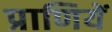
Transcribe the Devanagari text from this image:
प्राणियें